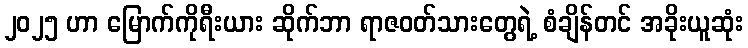
၂၀၂၅ ဟာ မြောက်ကိုရီးယား ဆိုက်ဘာ ရာဇဝတ်သားတွေရဲ့ စံချိန်တင် အခိုးယူဆုံး